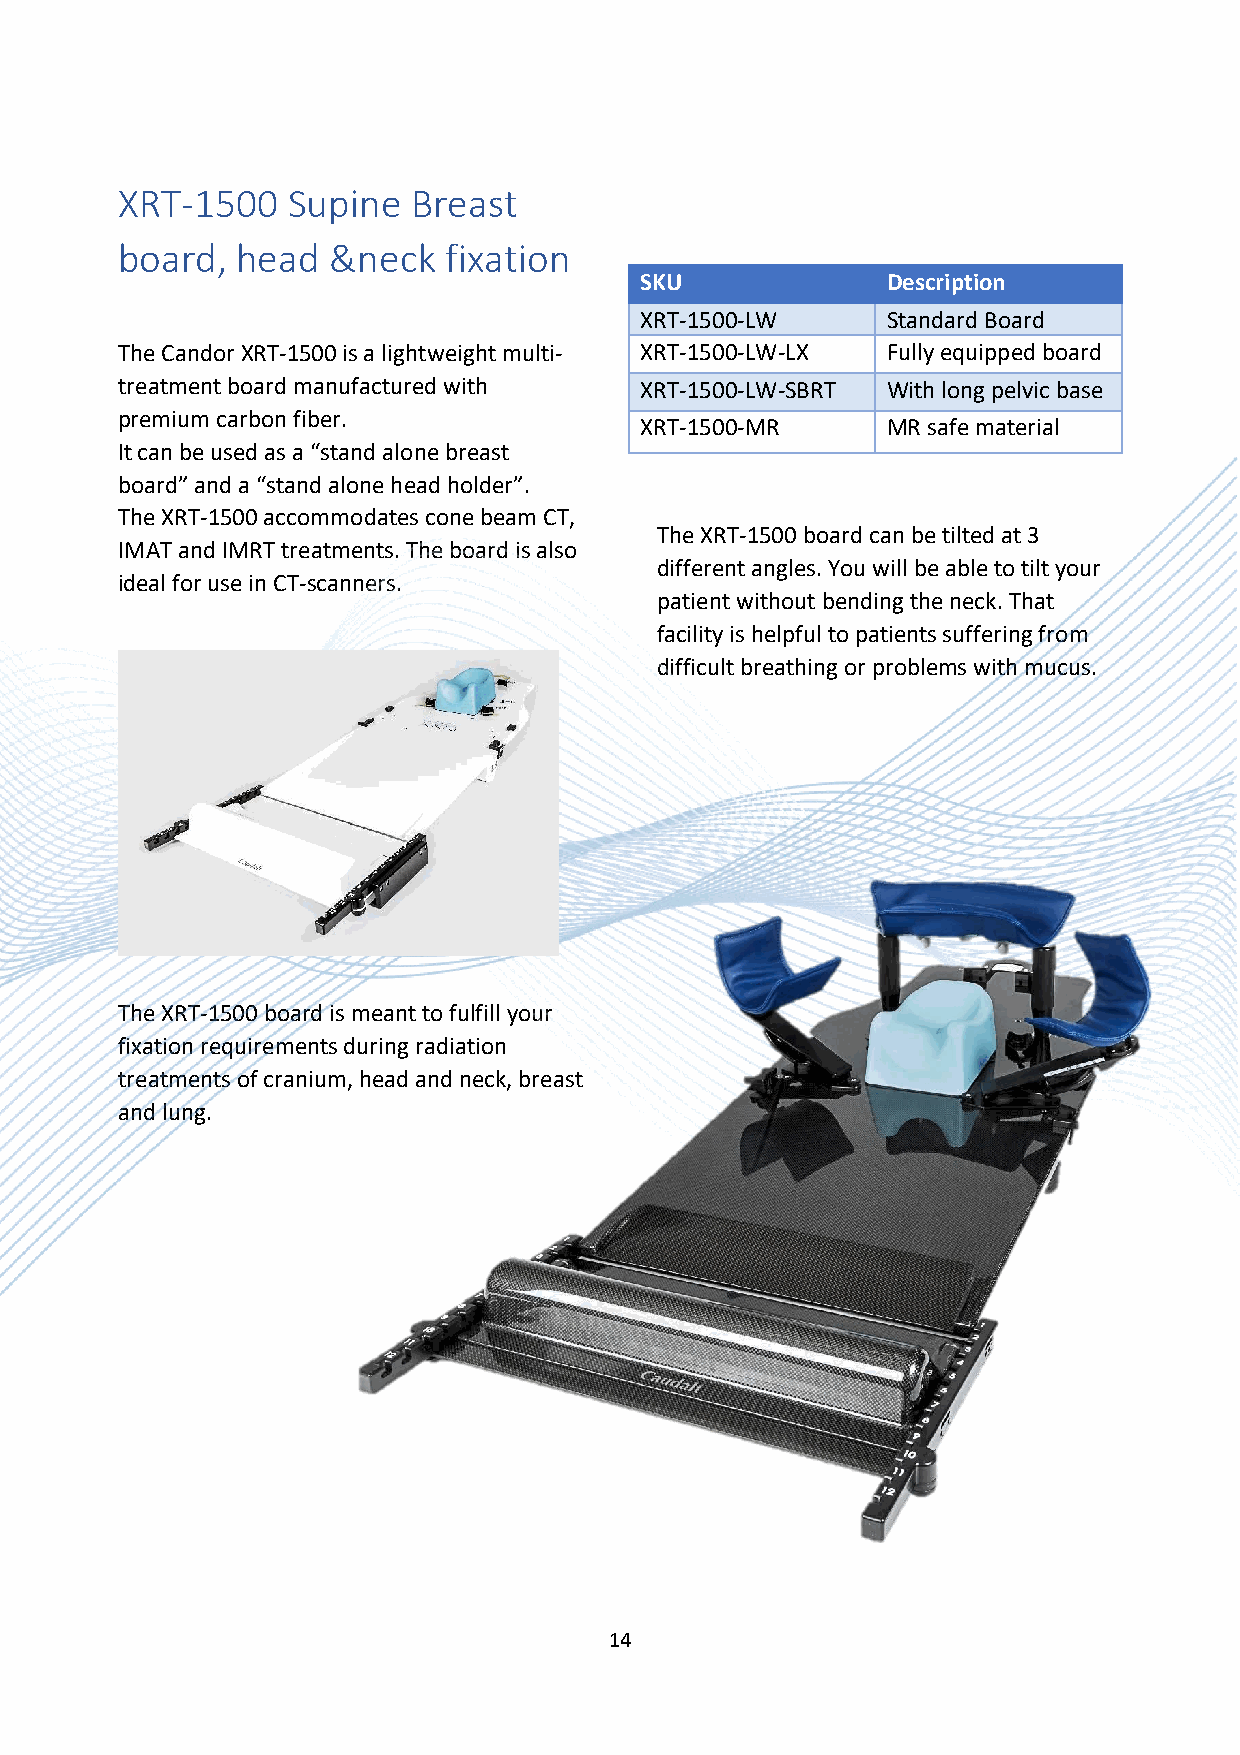
XRT-1500   Supine  Breast
 board,  head  &neck  fixation
 SKU              Description
 XRT-1500-LW      Standard Board
 The Candor XRT-1500 is a lightweight multi- XRT-1500-LW-LX Fully equipped board
 treatment board manufactured with XRT-1500-LW-SBRT With long pelvic base
 premium carbon fiber.
 XRT-1500-MR      MR safe material
 It can be used as a “stand alone breast
 board” and a “stand alone head holder”.
 The XRT-1500 accommodates cone beam CT,
 The XRT-1500 board can be tilted at 3
 IMAT and IMRT treatments. The board is also
 different angles. You will be able to tilt your
 ideal for use in CT-scanners.
 patient without bending the neck. That
 facility is helpful to patients suffering from
 difficult breathing or problems with mucus.
 The XRT-1500 board is meant to fulfill your
 fixation requirements during radiation
 treatments of cranium, head and neck, breast
 and lung.
 14